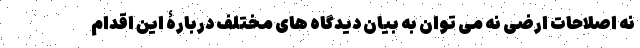
نه اصلاحات ارضی نه می توان به بیان دیدگاه های مختلف دربارۀ این اقدام